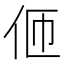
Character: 𠇽